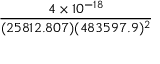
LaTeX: \frac { 4 \times 1 0 ^ { - 1 8 } } { ( 2 5 8 1 2 . 8 0 7 ) ( 4 8 3 5 9 7 . 9 ) ^ { 2 } }